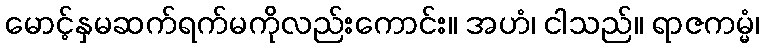
မောင့်နှမဆက်ရက်မကိုလည်းကောင်း။ အဟံ၊ ငါသည်။ ရာဇကမ္မံ၊